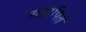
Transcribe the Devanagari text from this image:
सहापित